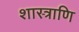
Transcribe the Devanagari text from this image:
शास्त्राणि